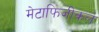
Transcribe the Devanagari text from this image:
मेटाफिजीकल